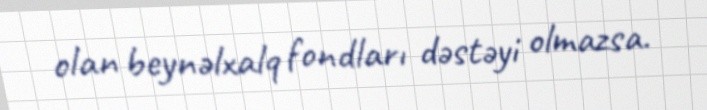
olan beynəlxalq fondları dəstəyi olmazsa.